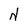
Character: N